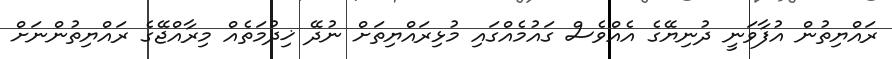
ރައްޔިތުން އުފާވަނީ ދުނިޔޭގެ އެއްވެސް ގައުމެއްގައި މުޅިރައްޔިތަށް ނުދޭ ޚިދުމަތެއް މިރާއްޖޭގެ ރައްޔިތުންނަށް